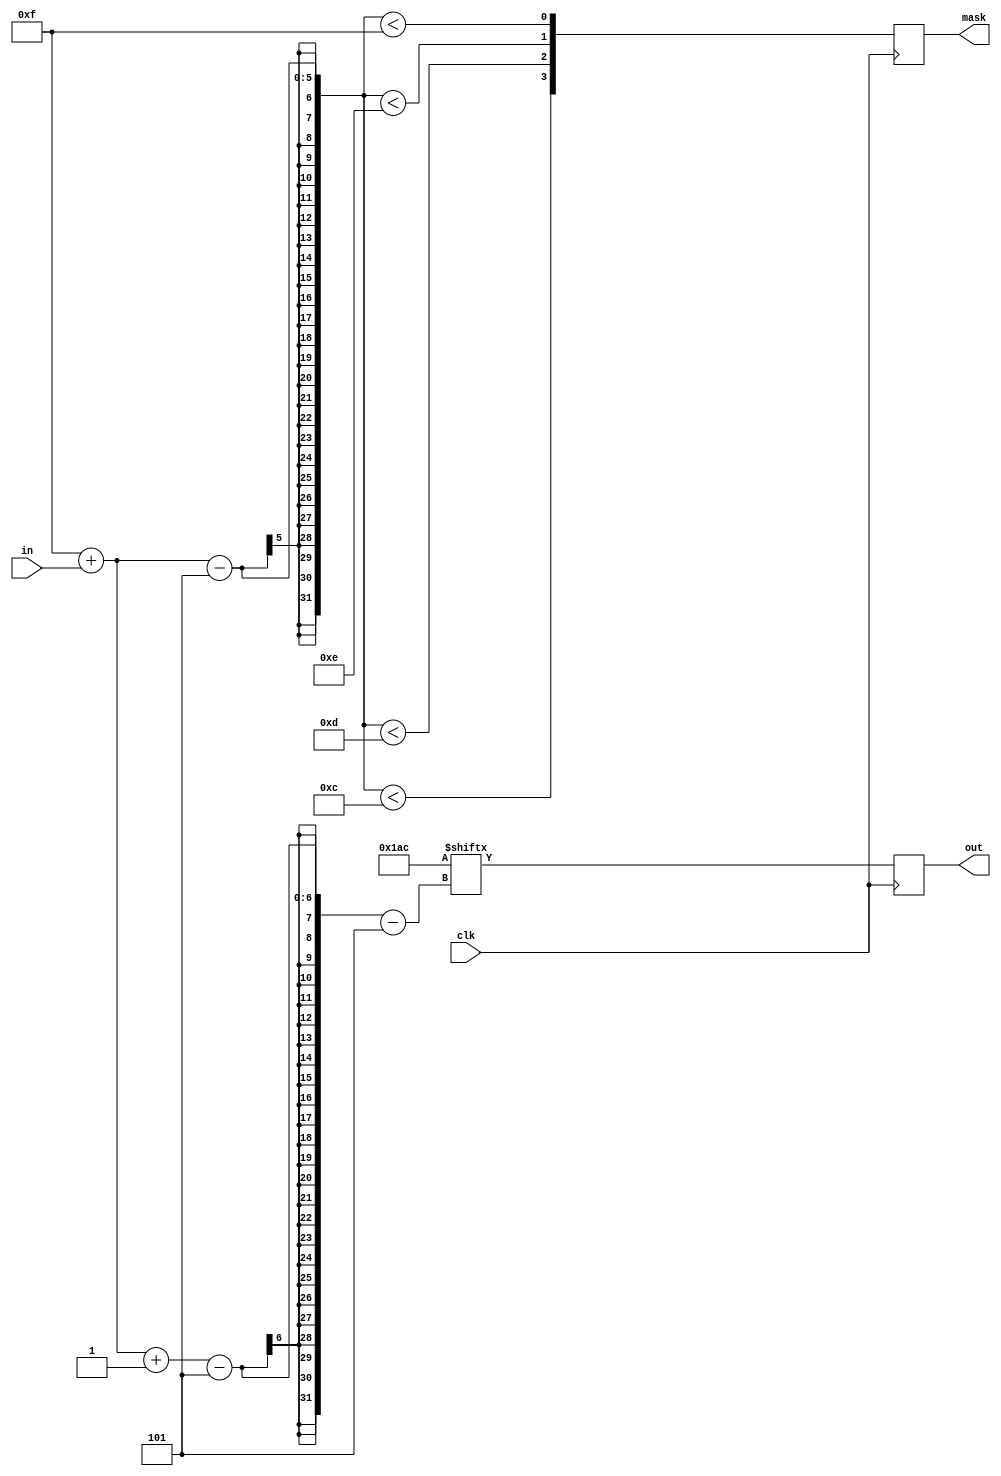
module Test_58 (
   out, mask,
   clk, in
   );
   input clk;
   input [2:0] in;
   output reg [3:0] out;
   output reg [3:0] mask;
   localparam [15:5] p = 11'h1ac;
   always @(posedge clk) begin
      out <= p[15 + in -: 5];
      mask[3] <= ((15 + in - 5) < 12);
      mask[2] <= ((15 + in - 5) < 13);
      mask[1] <= ((15 + in - 5) < 14);
      mask[0] <= ((15 + in - 5) < 15);
   end
endmodule